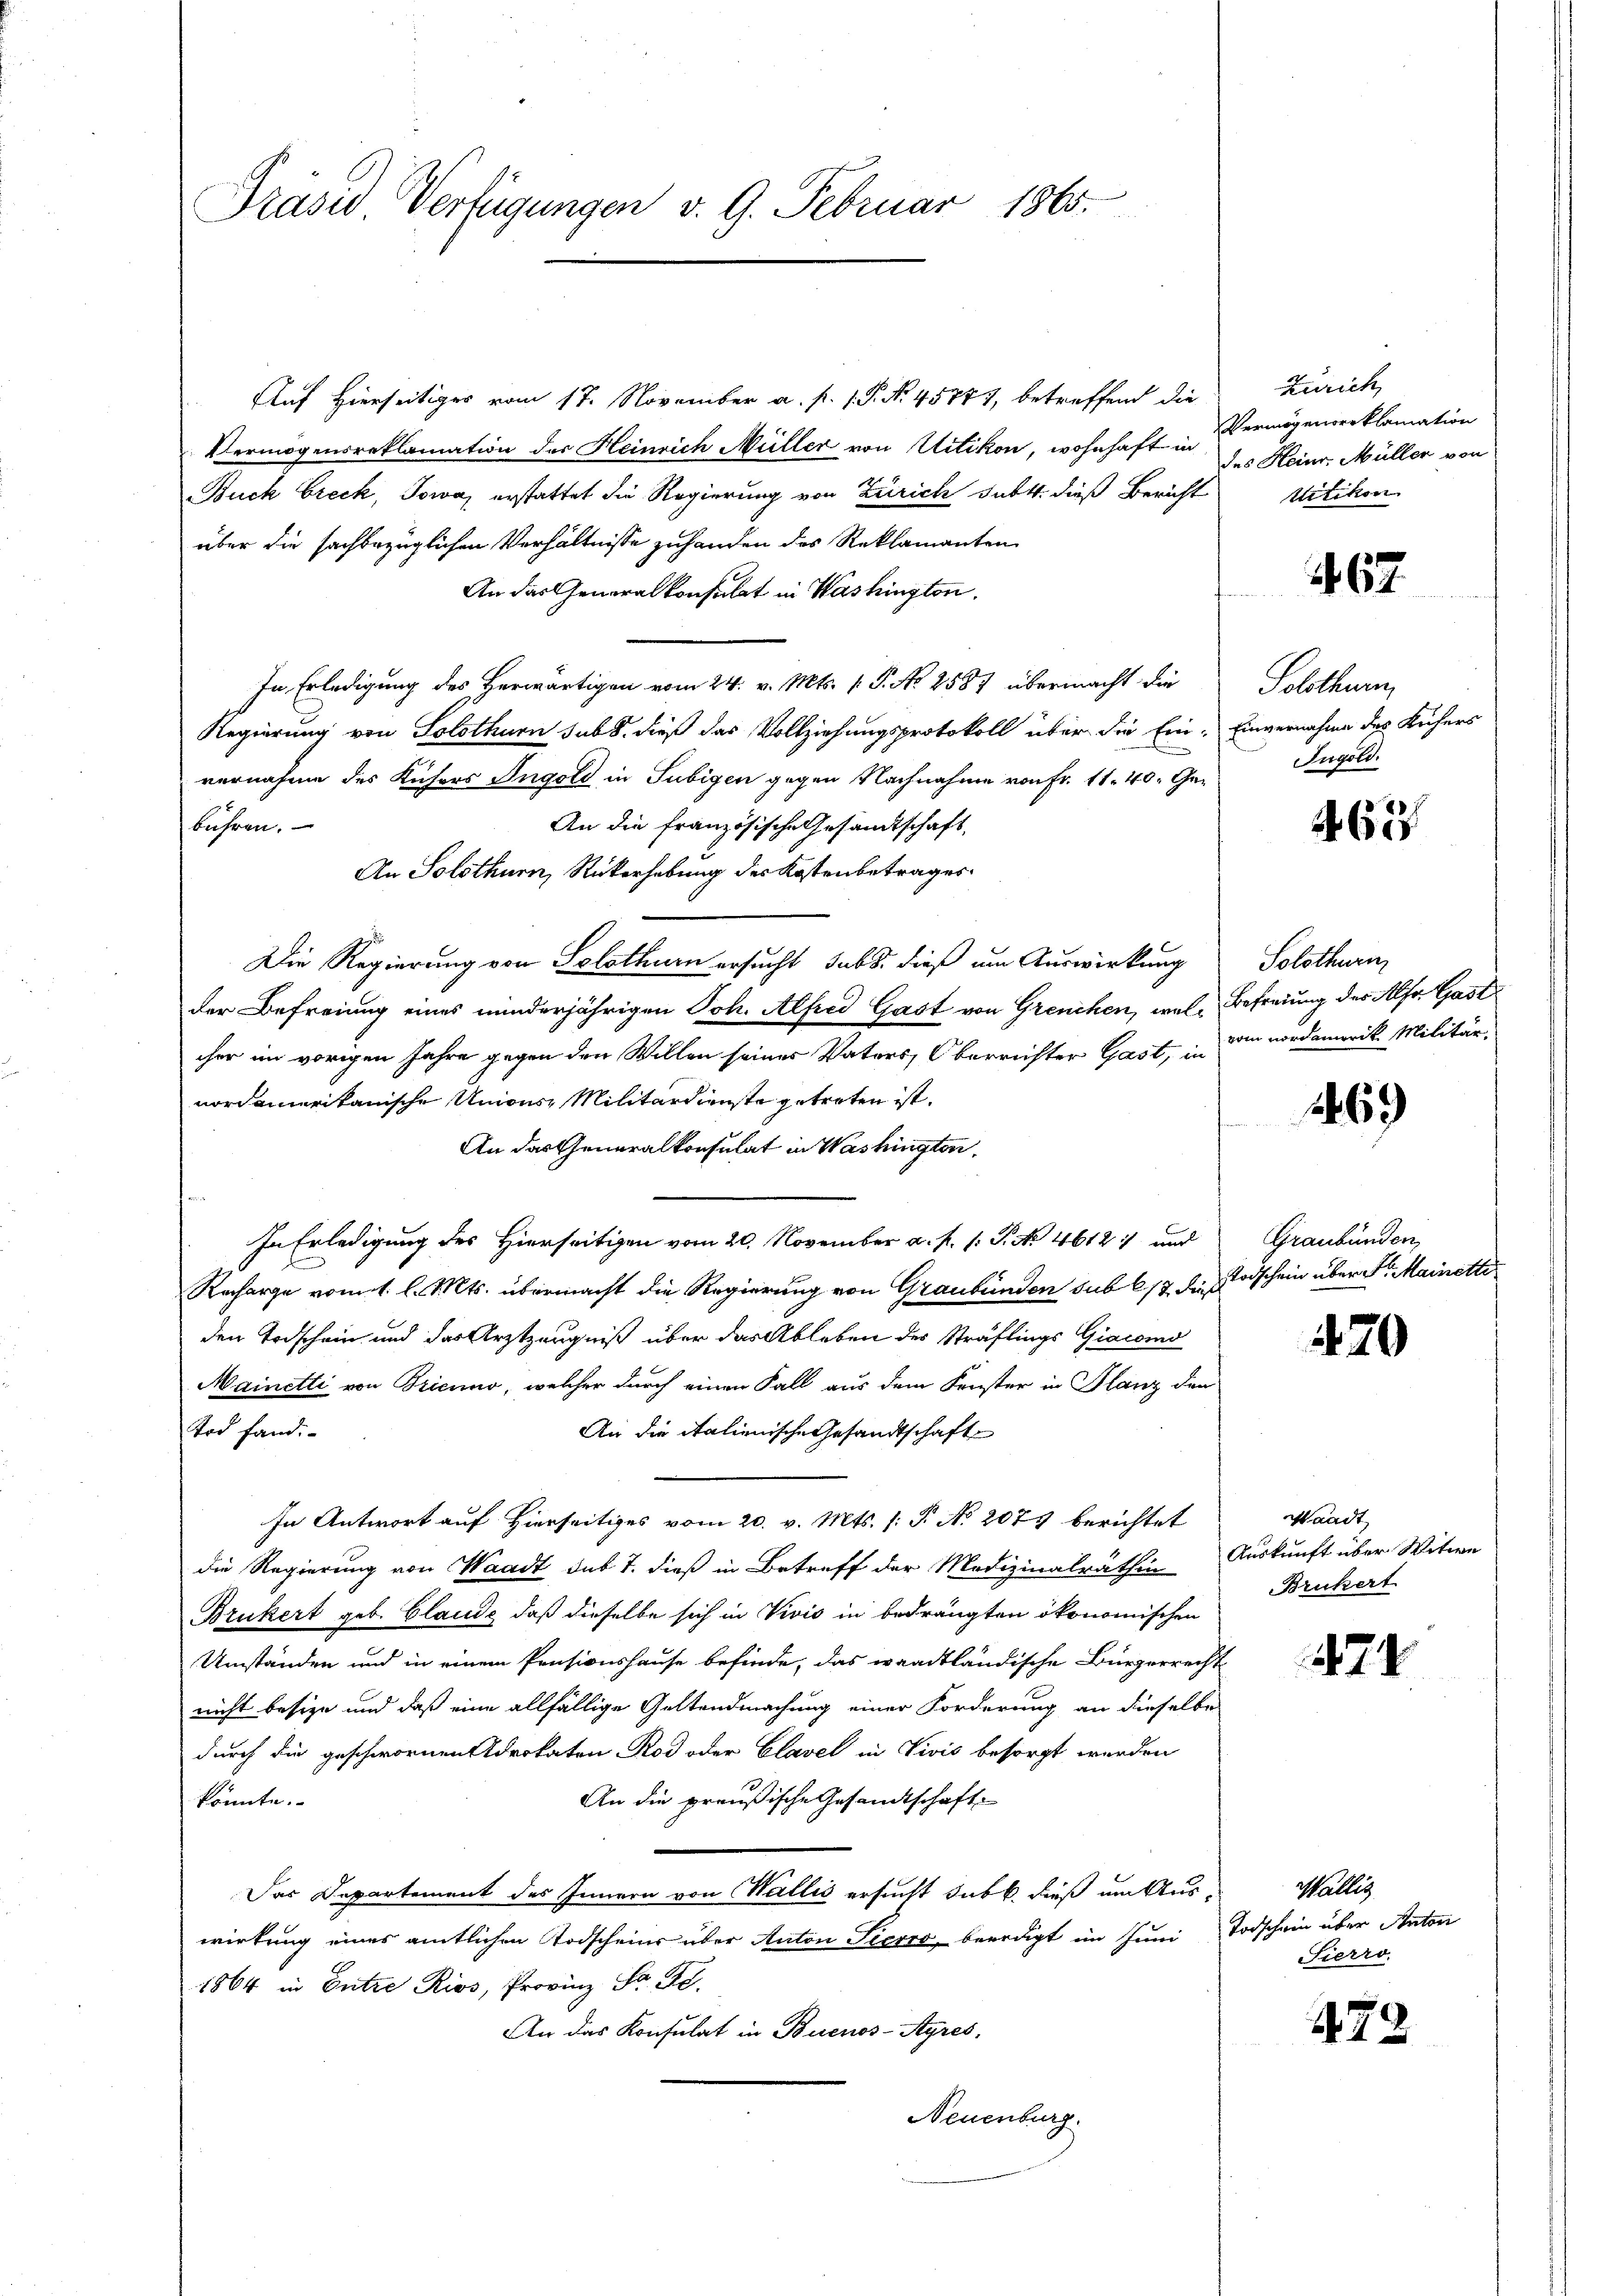
Präsid Verfügungen v. 9. Februar 1865.

Auf Hierseitiger vom 17. November a. p. P. No. 45777, betreffend die
Vermögensreklamation des Heinrich Müller von Uitikon, wohnhaft in des Heinr. Müller von
Buck Breck, Sowa, erstattet die Regierung von Zürich habt, dieß Bericht
über die sachbezüglichen Verhältnisse zuhanden des Reklamanten
An das Generalkonsulat in Washington,
In Erledigung des Herwärtigen vom 24. v. Mts. (T. No 2587 übermacht die
Regierung von Solothurn sub 8. dieß das Vollziehungsprotokoll über die Ein- Einvernahme des Kichers
vernahme des Küfers Ingold in Subigen gegen Nachnahme von Fr. 11. 40. Ge¬
An die französische Gesandtschaft,
bühren.
An Solothurn, Rückerhebung des Kostenbetrages
Die Regierung von Solothurn ersucht, subs. dieß um Auswirkung
der Befreiung eines minderjährigen Joh. Alfred Gast von Grenchen, was Befreiung des Also Gast
cher im vorigen Jahre gegen den Willen seines Vaters, Oberrichter Gast, in ein vordamerik Militär,
nordamerikanische Unions, Militärdienste getreten ist.
An das Generalkonsulat in Washington,
n
In Erledigung des Hierseitigen vom 20. November a. f. 1: P. Nr. 4612. und
E
Recharge vom 1. l. Mts. übermacht die Regierung von Graubünden sub 617 dieß
den Todschein und das Arztzeugniß über das Ableben des Sträflings Giacomod
Mainetti von Bricuno, welcher durch einen Fall aus dem Fenster in Planz den
Tod fand.
An die italienische Gesandtschaft
In Antwort auf Hierseitiges vom 20. v. Mts. (: P. No 2077 berichtet
die Regierung von Waadt sub 7. dieß in Betreff der Medizinalräthen Auskunft über Witwe
Brukert geb. Claude, daß dieselbe sich in Vivis in bedrängten ökonomischen
Umständen und in einem Pensionshause befinde, das waadtländische Bürgerrecht
nicht besize und daß eine allfällige Geltendmachung einer Forderung an dieselbe
durch die geschwornen Advokaten Rod oder Clavel in Vivis besorgt werden
An die preußische Gesandtschaft
könnte.
Das Departement des Innern von Wallis ersucht Jabb. dieß um Auswirkung eines amtlichen Todscheins über Anton Pierro, beredigt im Juni Todschein über Anton
1864 in Entre Rios, Provinz St G.
An das Konsulat in Buenos-Ayres,
Neuenburg.

Zürich,
Vermögenserklamation
Uitikon

467.

Solothurn,
Ingold.

462

Solothurm

1469

Graubünden,
Todschein über Sr. Mainette

420

Waadt,
Brukert

74

Wallis
Sierro

472